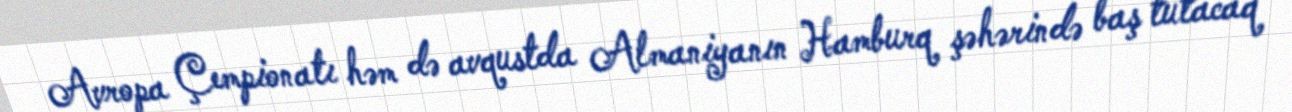
Avropa Çempionatı həm də avqustda Almaniyanın Hamburq şəhərində baş tutacaq